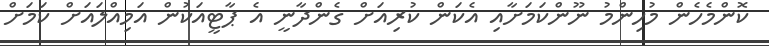
ކޮންމެހެން މުހިންމު ނޫންކަމަށާއި އެކަން ކުރިއަށް ގެންދާނީ އެ ޕާޓީއަކުން އަމިއްލައަށް ކަމަށް